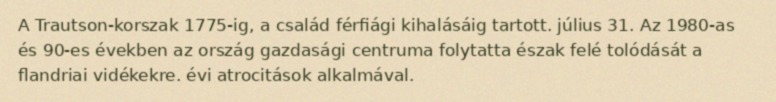
A Trautson-korszak 1775-ig, a család férfiági kihalásáig tartott. július 31. Az 1980-as és 90-es években az ország gazdasági centruma folytatta észak felé tolódását a flandriai vidékekre. évi atrocitások alkalmával.